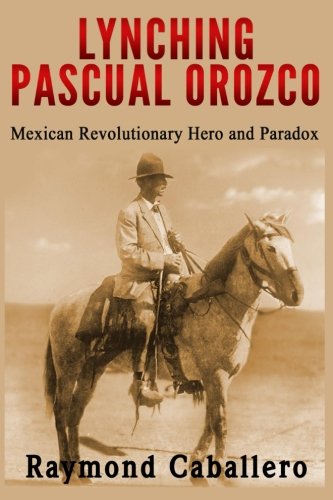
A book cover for Lynching Pascual Orozco: Mexican Revolutionary Hero and Paradox; Raymond Caballero; History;